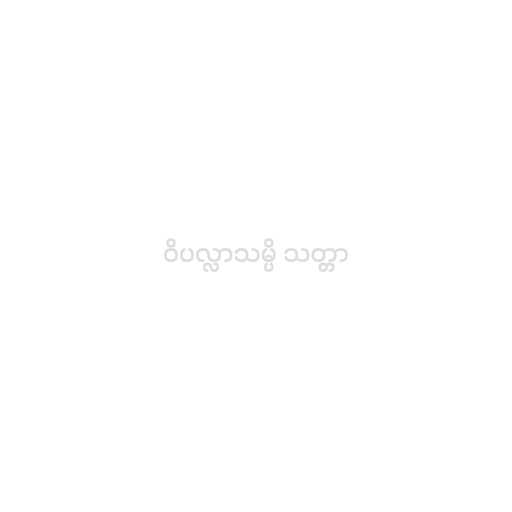
ဝိပလ္လာသမ္ပိ သတ္တာ